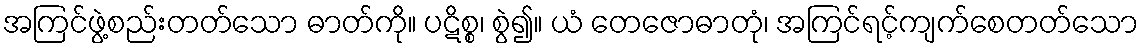
အကြင်ဖွဲ့စည်းတတ်သော ဓာတ်ကို။ ပဋိစ္စ၊ စွဲ၍။ ယံ တေဇောဓာတုံ၊ အကြင်ရင့်ကျက်စေတတ်သော